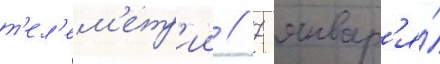
т'ел'ем'етр'ии // 7 январ'я́